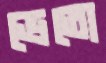
ভেতো